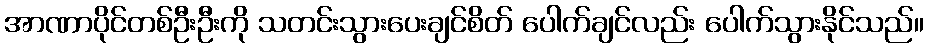
အာဏာပိုင်တစ်ဦးဦးကို သတင်းသွားပေးချင်စိတ် ပေါက်ချင်လည်း ပေါက်သွားနိုင်သည်။